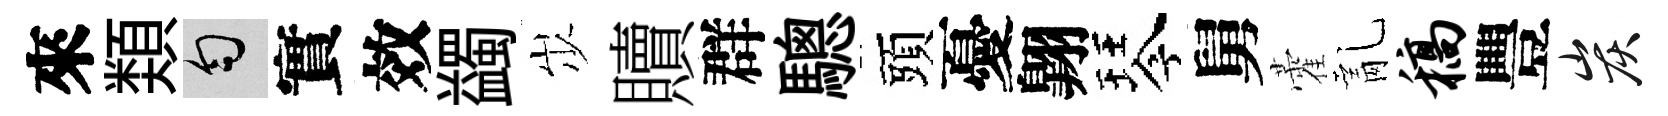
來𩔖匀實效蠲𡵯贖群驄頭憂翺琴舅藿亂稿豐炭